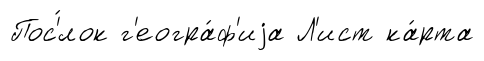
Пос'́лок г'еогра́ф'иjа Л'ист ка́рта